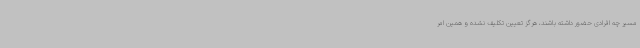
مسیر چه افرادی حضور داشته باشند، هرگز تعیین تکلیف نشده و همین امر